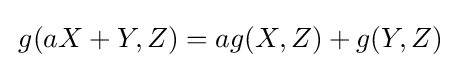
\,g(aX+Y,Z)=ag(X,Z)+g(Y,Z)